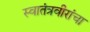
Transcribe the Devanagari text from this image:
स्वातंत्रवीरांचा